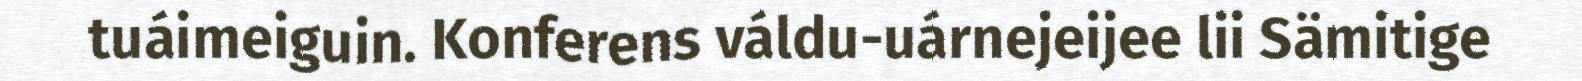
tuáimeiguin. Konferens váldu-uárnejeijee lii Sämitige